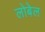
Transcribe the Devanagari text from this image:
लोबेल